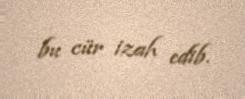
bu cür izah edib.